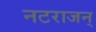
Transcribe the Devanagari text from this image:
नटराजन्‌